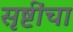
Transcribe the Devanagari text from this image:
सृष्टींचा